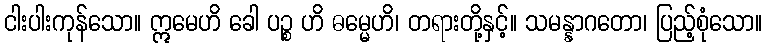
ငါးပါးကုန်သော။ ဣမေဟိ ခေါ ပဉ္စ ဟိ ဓမ္မေဟိ၊ တရားတို့နှင့်။ သမန္နာဂတော၊ ပြည့်စုံသော။